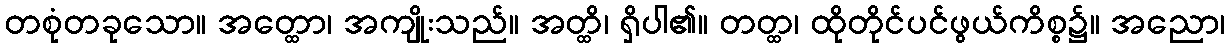
တစုံတခုသော။ အတ္ထော၊ အကျိုးသည်။ အတ္ထိ၊ ရှိပါ၏။ တတ္ထ၊ ထိုတိုင်ပင်ဖွယ်ကိစ္စ၌။ အညော၊